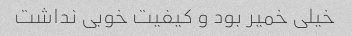
خیلی خمیر بود و کیفیت خوبی نداشت